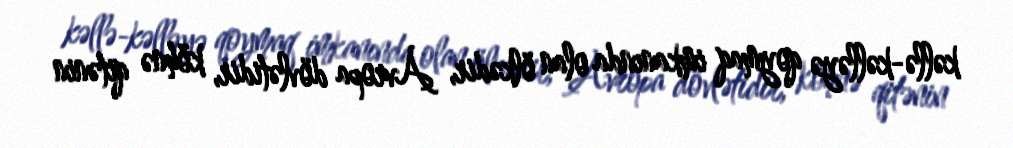
kəllə-kəlləyə qoymaq imkanında olan ölkədir, Avropa dövlətidir, köhnə qitənin